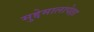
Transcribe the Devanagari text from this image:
मुद्देमालापेक्षा